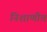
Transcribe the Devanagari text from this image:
निशाणीच